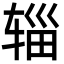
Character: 辎